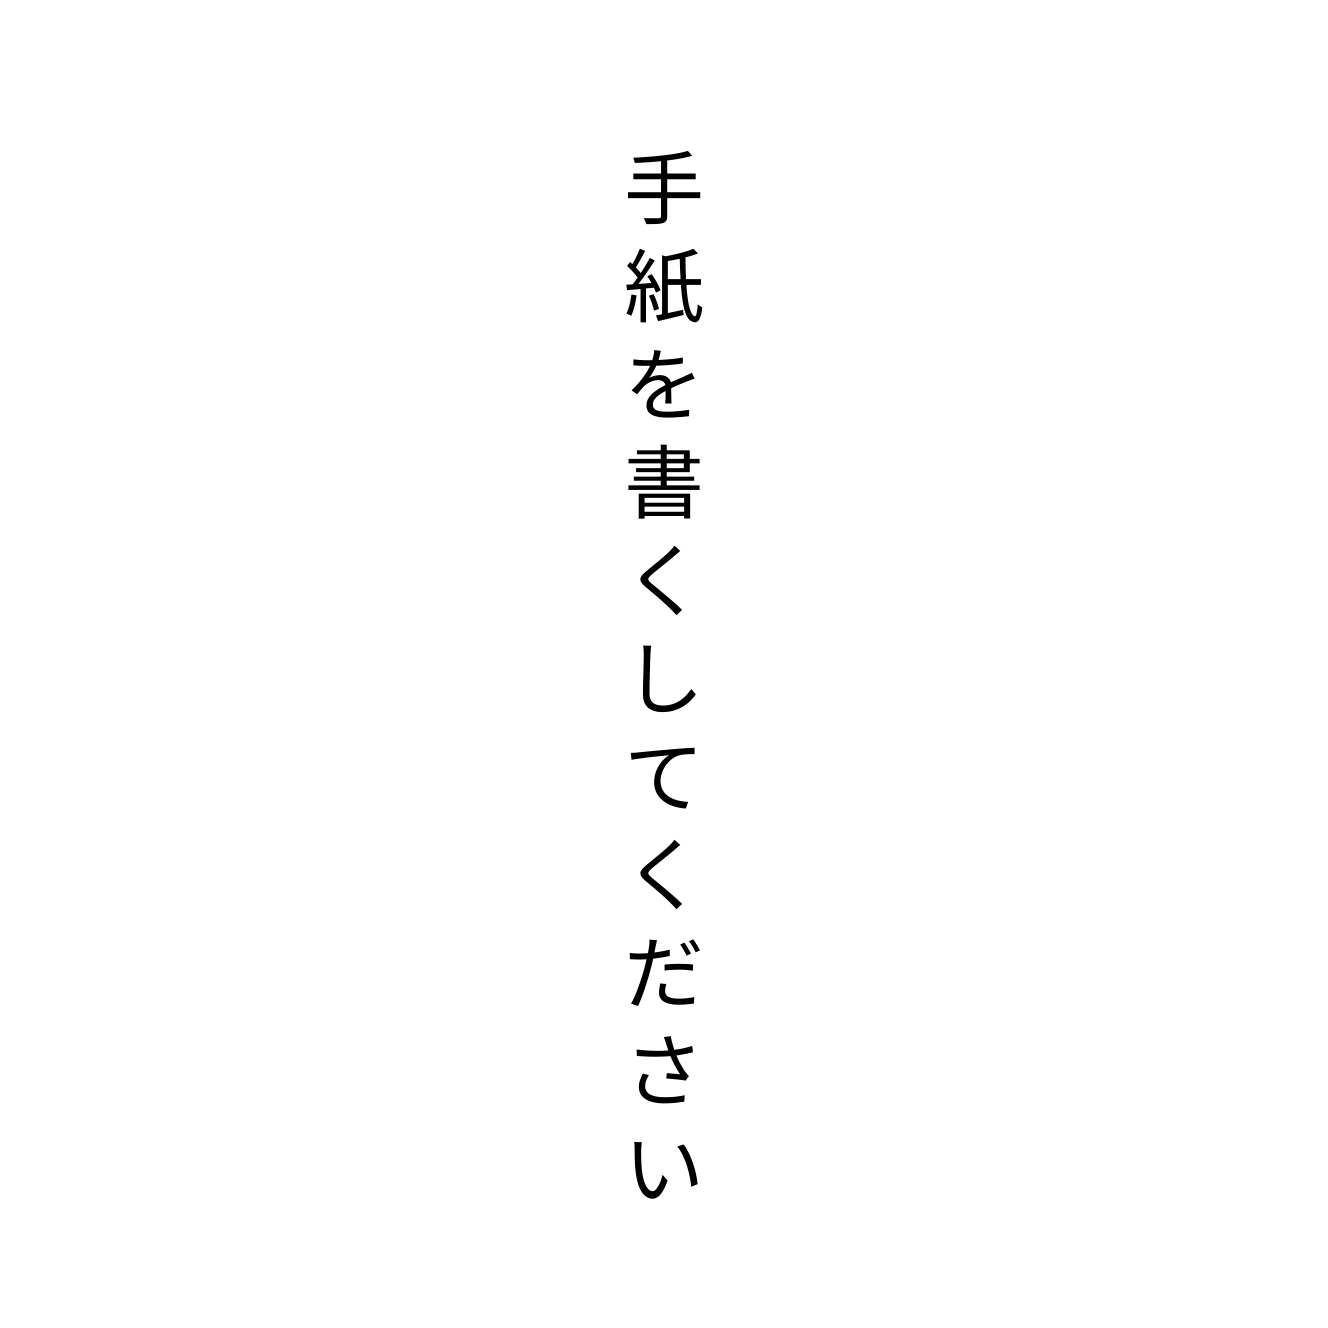
手紙を書くしてください